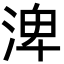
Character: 渒